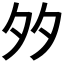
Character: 𡖇